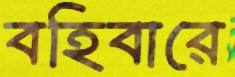
বহিবারে